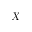
X